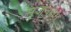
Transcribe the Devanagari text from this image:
सृजनक्षम